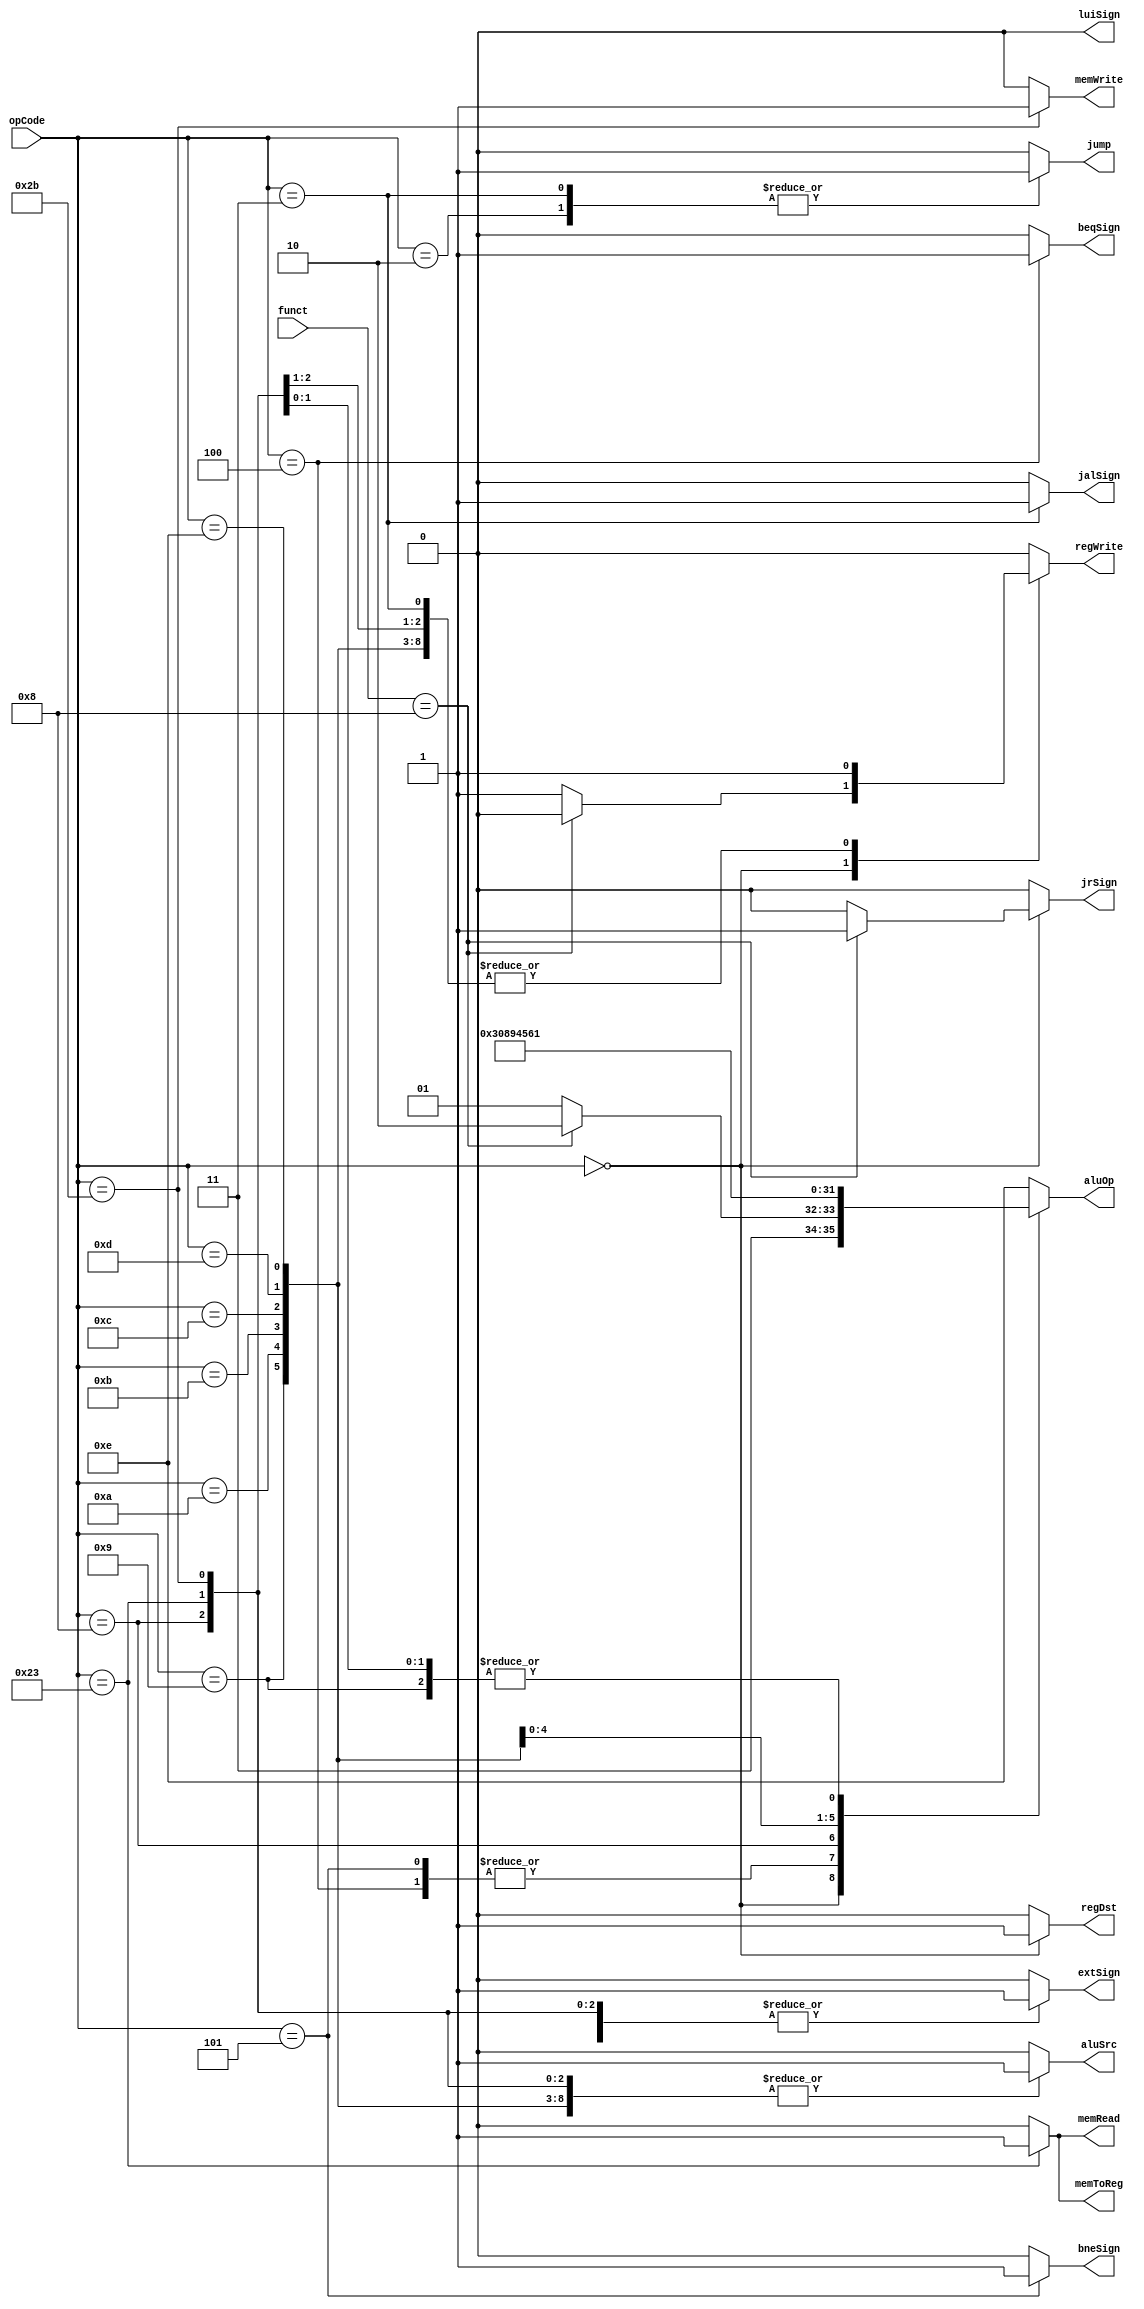
`timescale 1ns / 1ps
//////////////////////////////////////////////////////////////////////////////////
// Company: 
// Engineer: 
// 
// Design Name: 
// Module Name: Ctr
// Project Name: 
// Target Devices: 
// Tool Versions: 
// Description: 
// 
// Dependencies: 
// 
// Revision:
// Revision 0.01 - File Created
// Additional Comments:
// 
//////////////////////////////////////////////////////////////////////////////////


module Ctr(
    input [5 : 0] opCode,
    input [5 : 0] funct,
    output reg regDst,
    output reg aluSrc,
    output reg memToReg,
    output reg regWrite,
    output reg memRead,
    output reg memWrite,
    output reg [3 : 0] aluOp,
    output reg jump,
    output reg extSign,
    output reg jalSign,
    output reg beqSign,
    output reg bneSign,
    output reg jrSign,
    output reg luiSign
    );
    
    always @(opCode or funct)
    begin
        case(opCode)
            6'b000000:      // R Type
            begin
                if (funct == 6'b001000) // jr
                begin    
                   regWrite = 0;
                   jrSign = 1;
                   aluOp = 4'b1110;
                end
                else
                begin
                   regWrite = 1;
                   jrSign = 0;
                   aluOp = 4'b1101;
                end
                regDst = 1;
                aluSrc = 0;
                memToReg = 0;
                memRead = 0;
                memWrite = 0;
                jump = 0;
                extSign = 0;
                jalSign = 0;
                beqSign = 0;
                bneSign = 0;
                luiSign = 0;
            end
            6'b000010:      // jump
            begin
                regDst = 0;
                aluSrc = 0;
                memToReg = 0;
                regWrite = 0;
                memRead = 0;
                memWrite = 0;
                aluOp = 4'b1110;
                jump = 1;
                extSign = 0;
                jalSign = 0;
                beqSign = 0;
                bneSign = 0;
                jrSign = 0;
                luiSign = 0;
            end
            6'b000011:    // jal
            begin
                regDst = 0;
                aluSrc = 0;
                memToReg = 0;
                regWrite = 1;
                memRead = 0;
                memWrite = 0;
                aluOp = 4'b1110;
                jump = 1;
                extSign = 0;
                jalSign = 1;
                beqSign = 0;
                bneSign = 0;
                jrSign = 0;
                luiSign = 0;
            end
            6'b000100:      // beq
            begin
                regDst = 0;
                aluSrc = 0;
                memToReg = 0;
                regWrite = 0;
                memRead = 0;
                memWrite = 0;
                aluOp = 4'b0011;
                jump = 0;
                extSign = 1;
                jalSign = 0;
                beqSign = 1;
                bneSign = 0;
                jrSign = 0;
                luiSign = 0;
            end
            6'b000101:      // bne
            begin
                regDst = 0;
                aluSrc = 0;
                memToReg = 0;
                regWrite = 0;
                memRead = 0;
                memWrite = 0;
                aluOp = 4'b0011;
                jump = 0;
                extSign = 1;
                jalSign = 0;
                beqSign = 0;
                bneSign = 1;
                jrSign = 0;
                luiSign = 0;
            end
            6'b001000:      // addi
            begin
                regDst = 0;
                aluSrc = 1;
                memToReg = 0;
                regWrite = 1;
                memRead = 0;
                memWrite = 0;
                aluOp = 4'b0000;
                jump = 0;
                extSign = 1;
                jalSign = 0;
                beqSign = 0;
                bneSign = 0;
                jrSign = 0;
                luiSign = 0;
            end
            6'b001001:      // addiu
            begin
                regDst = 0;
                aluSrc = 1;
                memToReg = 0;
                regWrite = 1;
                memRead = 0;
                memWrite = 0;
                aluOp = 4'b0001;
                jump = 0;
                extSign = 0;
                jalSign = 0;
                beqSign = 0;
                bneSign = 0;
                jrSign = 0;
                luiSign = 0;
            end
            6'b001010:      // slti
            begin
                regDst = 0;
                aluSrc = 1;
                memToReg = 0;
                regWrite = 1;
                memRead = 0;
                memWrite = 0;
                aluOp = 4'b1000;
                jump = 0;
                extSign = 0;
                jalSign = 0;
                beqSign = 0;
                bneSign = 0;
                jrSign = 0;
                luiSign = 0;
            end
            6'b001011:      // sltiu
            begin
                regDst = 0;
                aluSrc = 1;
                memToReg = 0;
                regWrite = 1;
                memRead = 0;
                memWrite = 0;
                aluOp = 4'b1001;
                jump = 0;
                extSign = 0;
                jalSign = 0;
                beqSign = 0;
                bneSign = 0;
                jrSign = 0;
                luiSign = 0;
            end
            6'b001100:     // andi
            begin
                regDst = 0;
                aluSrc = 1;
                memToReg = 0;
                regWrite = 1;
                memRead = 0;
                memWrite = 0;
                aluOp = 4'b0100;
                jump = 0;
                extSign = 0;
                jalSign = 0;
                beqSign = 0;
                bneSign = 0;
                jrSign = 0;
                luiSign = 0;
            end
            6'b001101:     // ori
            begin
                regDst = 0;
                aluSrc = 1;
                memToReg = 0;
                regWrite = 1;
                memRead = 0;
                memWrite = 0;
                aluOp = 4'b0101;
                jump = 0;
                extSign = 0;
                jalSign = 0;
                beqSign = 0;
                bneSign = 0;
                jrSign = 0;
                luiSign = 0;
            end
            6'b001110:     // xori
            begin
                regDst = 0;
                aluSrc = 1;
                memToReg = 0;
                regWrite = 1;
                memRead = 0;
                memWrite = 0;
                aluOp = 4'b0110;
                jump = 0;
                extSign = 0;
                jalSign = 0;
                beqSign = 0;
                bneSign = 0;
                jrSign = 0;
                luiSign = 0;
            end
            6'b001101:     // lui
            begin
                regDst = 0;
                aluSrc = 1;
                memToReg = 0;
                regWrite = 1;
                memRead = 0;
                memWrite = 0;
                aluOp = 4'b1010;
                jump = 0;
                extSign = 0;
                jalSign = 0;
                beqSign = 0;
                bneSign = 0;
                jrSign = 0;
                luiSign = 1;
            end
            6'b100011:      // lw
            begin
                regDst = 0;
                aluSrc = 1;
                memToReg = 1;
                regWrite = 1;
                memRead = 1;
                memWrite = 0;
                aluOp = 4'b0001;
                jump = 0;
                extSign = 1;
                jalSign = 0;
                beqSign = 0;
                bneSign = 0;
                jrSign = 0;
                luiSign = 0;
            end
            6'b101011:      // sw
            begin
                regDst = 0;
                aluSrc = 1;
                memToReg = 0;
                regWrite = 0;
                memRead = 0;
                memWrite = 1;
                aluOp = 4'b0001;
                jump = 0;
                extSign = 1;
                jalSign = 0;
                beqSign = 0;
                bneSign = 0;
                jrSign = 0;
                luiSign = 0;
            end
            default:        // default
            begin
                regDst = 0;
                aluSrc = 0;
                memToReg = 0;
                regWrite = 0;
                memRead = 0;
                memWrite = 0;
                aluOp = 4'b1110;
                jump = 0;
                extSign = 0;
                jalSign = 0;
                beqSign = 0;
                bneSign = 0;
                jrSign = 0;
                luiSign = 0;
            end
        endcase
    end
endmodule